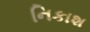
નિકાશ